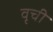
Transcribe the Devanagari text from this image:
वृची